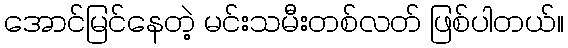
အောင်မြင်နေတဲ့ မင်းသမီးတစ်လတ် ဖြစ်ပါတယ်။